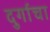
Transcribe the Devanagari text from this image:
दुर्गाचा